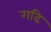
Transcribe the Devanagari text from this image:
गढि